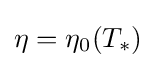
\eta =\eta _{0}(T_{*})